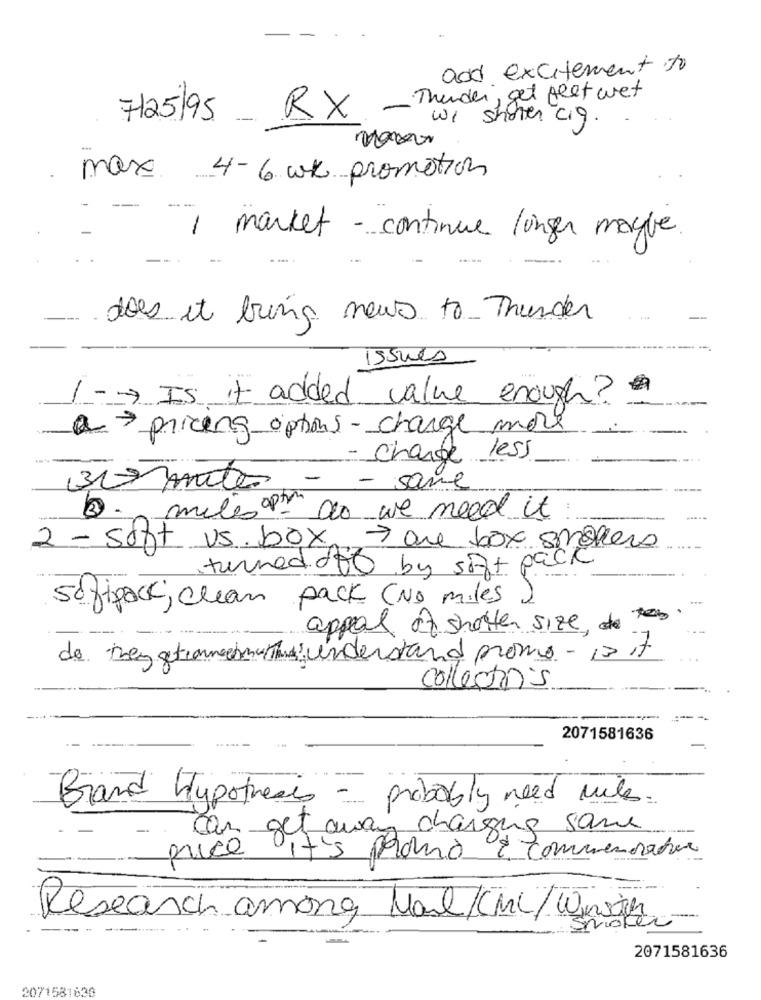
and excitement to
7125/95_ RX - Thunder, get feet wet
w1 shoten ciq .
max 4- 6 wk promotion
--
1 market - continue longer maybe
does it bring news to Thunder
Issues
1 -- > Is it added value enough?
a > pricing options- charge more
- change less
300 mites
- same
3. miles do we need it
2 - soft us box > one box smallers
turned off by soft pack
sofipack; clean pack (No miles )
appeal of shorter size de tes
de they getamesma That's understand promo - is it
collections
2071581636
Brand hypothesis - probably need miles.
can get away charging same
it's palomo & Commemorative
Research among Mal/CML/Winsin
Smoker
2071581636
2071581638